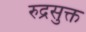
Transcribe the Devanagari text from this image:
रुद्रसुक्त